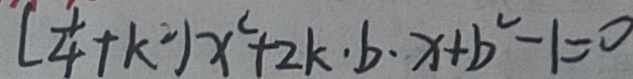
( \frac { 1 } { 4 } + k ^ { 2 } ) x ^ { 2 } + 2 k \cdot b \cdot x + b ^ { 2 } - 1 = 0